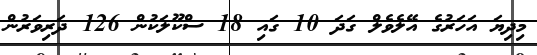
މިދިޔަ އަހަރުގެ އޭލެވެލް ގަދަ 10 ގައި 18 ސްކޫލަކުން 126 ދަރިވަރުން